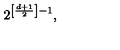
2 ^ { \left[ \frac { d + 1 } { 2 } \right] - 1 } ,